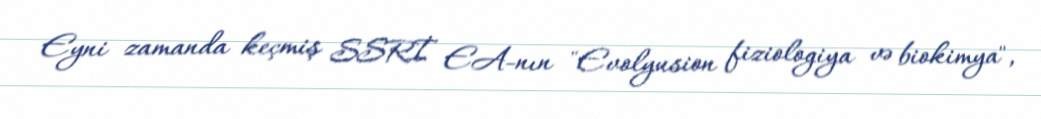
Eyni zamanda keçmiş SSRİ EA-nın "Evolyusion fiziologiya və biokimya",